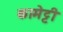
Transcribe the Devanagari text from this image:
कामेट्टी